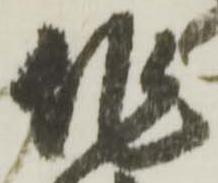
作